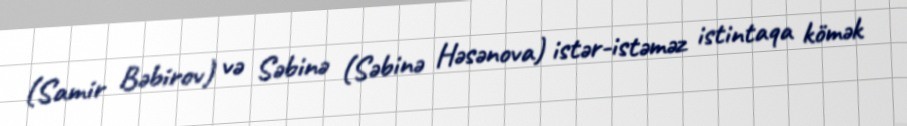
(Samir Bəbirov) və Səbinə (Səbinə Həsənova) istər-istəməz istintaqa kömək